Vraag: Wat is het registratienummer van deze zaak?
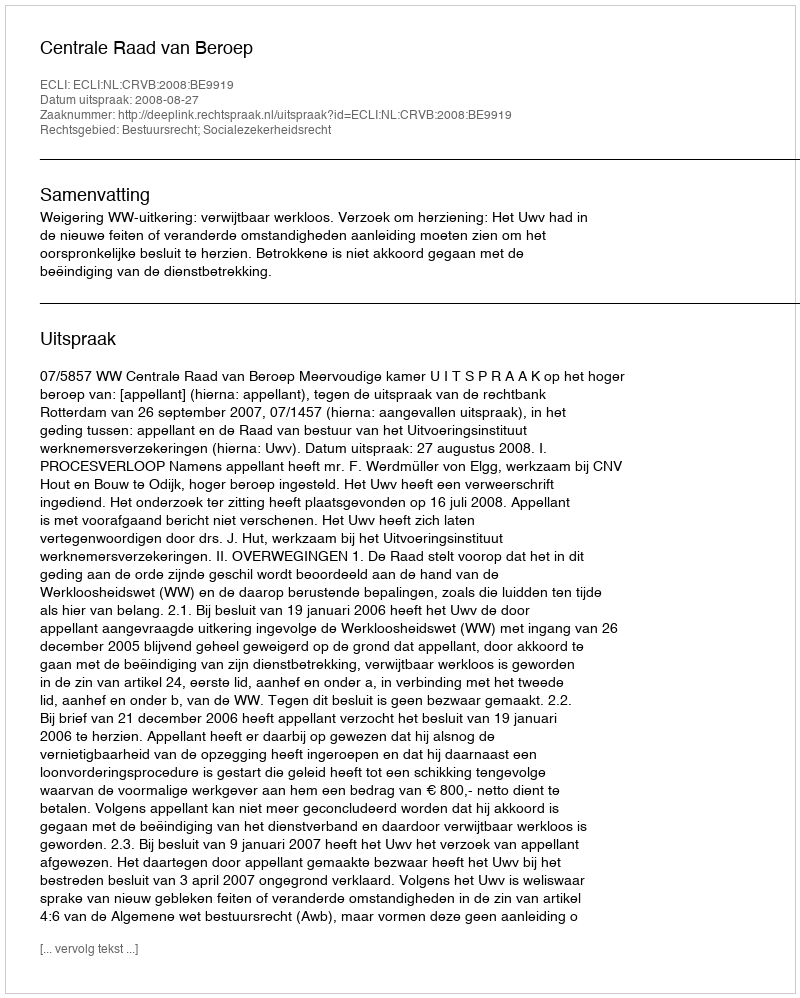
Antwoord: http://deeplink.rechtspraak.nl/uitspraak?id=ECLI:NL:CRVB:2008:BE9919